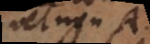
et non A.